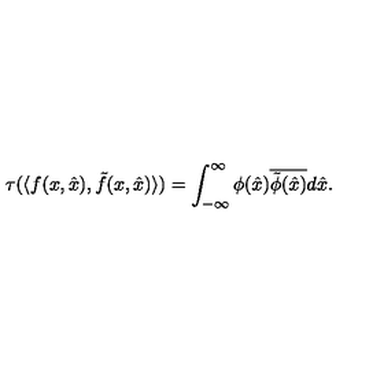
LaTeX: \tau ( \langle f ( x , \hat { x } ) , \tilde { f } ( x , \hat { x } ) \rangle ) = \int _ { - \infty } ^ { \infty } \phi ( \hat { x } ) \overline { { \tilde { \phi } ( \hat { x } ) } } d \hat { x } .